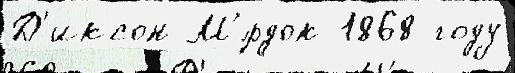
Д'иксон М'́рдок 1868 году